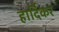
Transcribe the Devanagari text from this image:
हार्दिकर